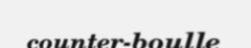
counter-boulle